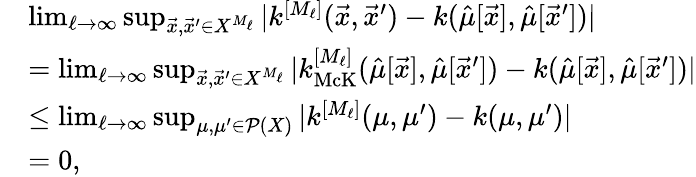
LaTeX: \begin{array}{rl}&{\operatorname*{lim}_{{\ell}\rightarrow\infty}\operatorname*{sup}_{\vec{x},\vec{x}^{\prime}\in X^{M_{\ell}}}|k^{[M_{\ell}]}(\vec{x},\vec{x}^{\prime})-k(\hat{\mu}[\vec{x}],\hat{\mu}[\vec{x}^{\prime}])|}\\ &{=\operatorname*{lim}_{{\ell}\rightarrow\infty}\operatorname*{sup}_{\vec{x},\vec{x}^{\prime}\in X^{M_{\ell}}}|k_{\mathrm{McK}}^{[M_{\ell}]}(\hat{\mu}[\vec{x}],\hat{\mu}[\vec{x}^{\prime}])-k(\hat{\mu}[\vec{x}],\hat{\mu}[\vec{x}^{\prime}])|}\\ &{\leq\operatorname*{lim}_{{\ell}\rightarrow\infty}\operatorname*{sup}_{\mu,\mu^{\prime}\in\mathcal{P}(X)}|k^{[M_{\ell}]}(\mu,\mu^{\prime})-k(\mu,\mu^{\prime})|}\\ &{=0,}\end{array}